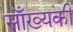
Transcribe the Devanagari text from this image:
साँख्यकी